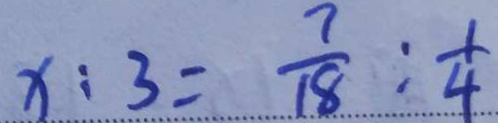
x : 3 = \frac { 7 } { 1 8 } : \frac { 1 } { 4 }